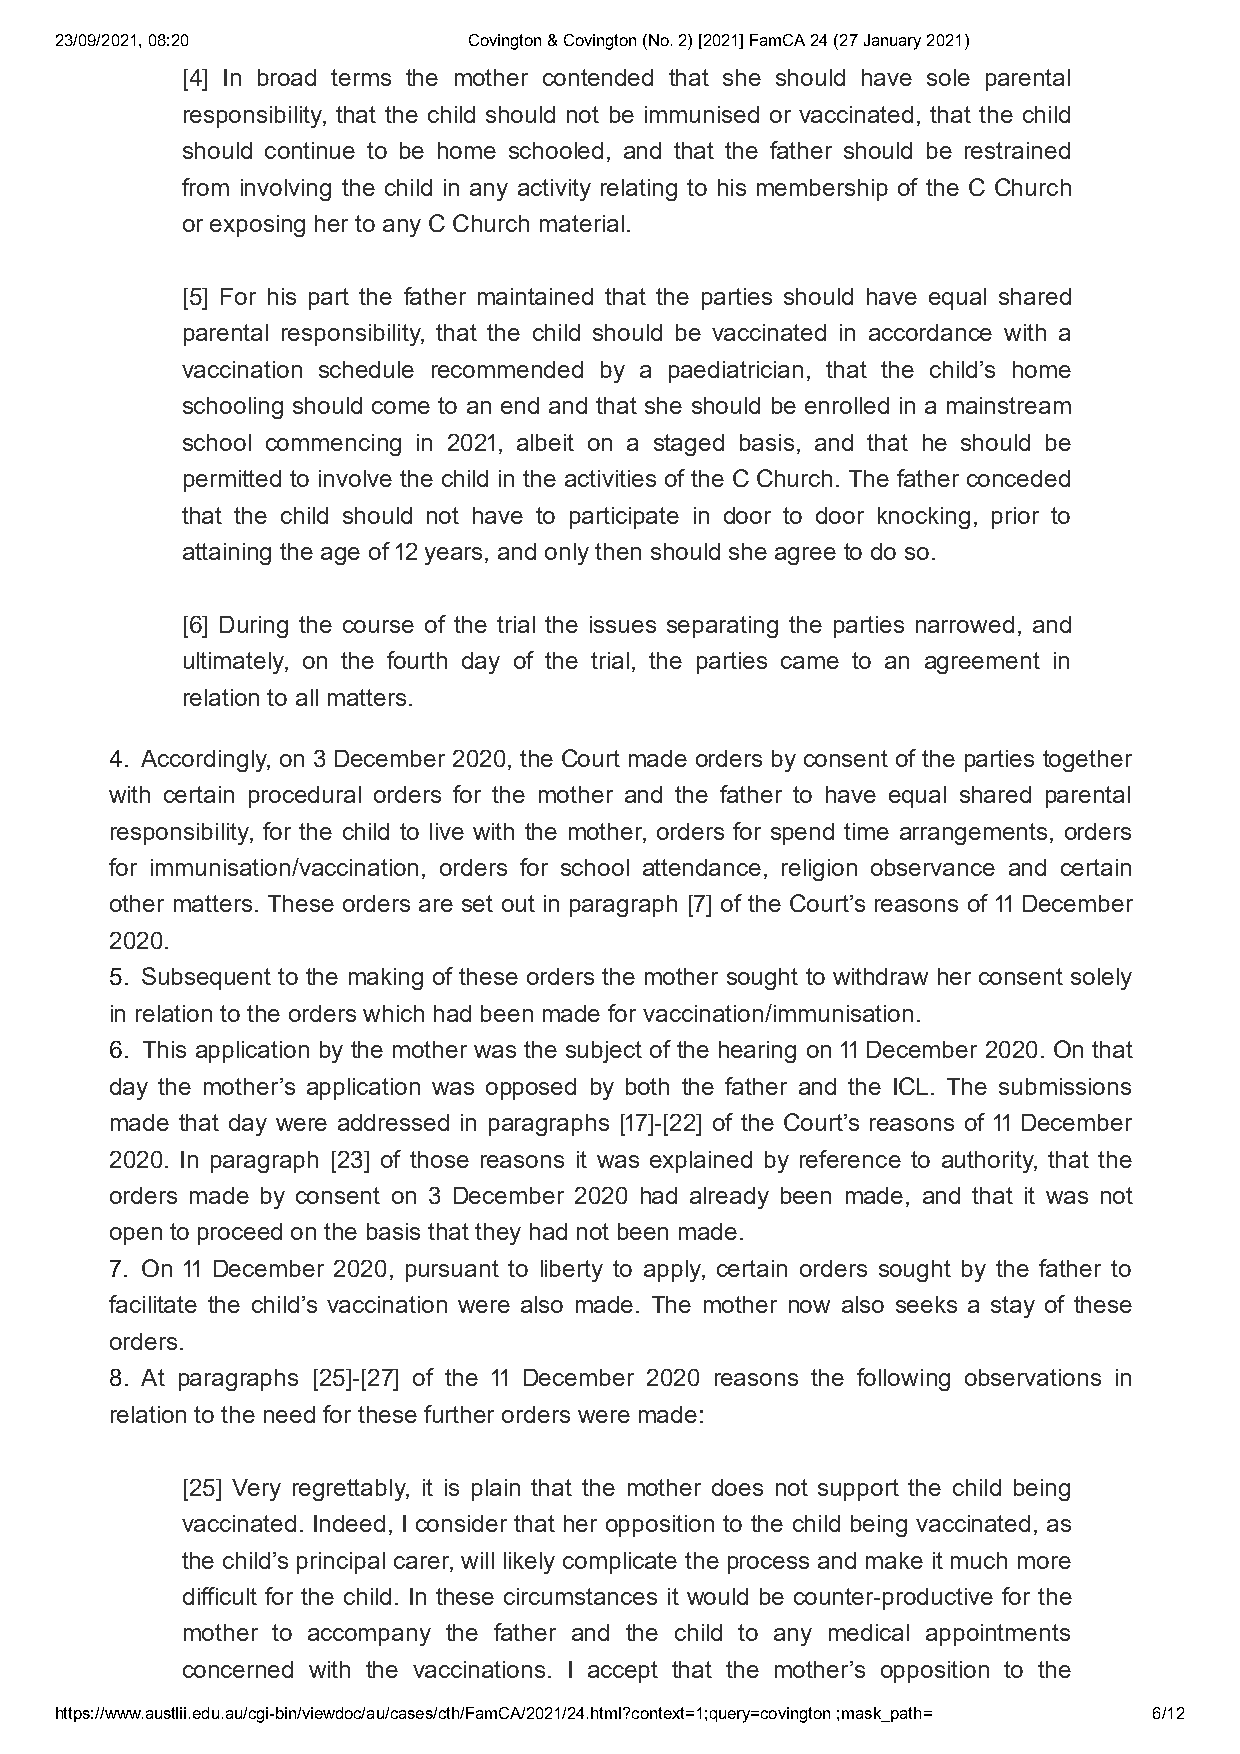
23/09/2021, 08:20          Covington & Covington (No. 2) [2021] FamCA 24 (27 January 2021)
 [] In broad terms the mother contended that she should have sole parental
 responsibility, that the child should not be immunised or vaccinated, that the child
 should continue to be home schooled, and that the father should be restrained
 from involving the child in any activity relating to his membership of the C Church
 or exposing her to any C Church material.
 [] For his part the father maintained that the parties should have equal shared
 parental responsibility, that the child should be vaccinated in accordance with a
 vaccination schedule recommended by a paediatrician, that the child’s home
 schooling should come to an end and that she should be enrolled in a mainstream
 school commencing in , albeit on a staged basis, and that he should be
 permitted to involve the child in the activities of the C Church. The father conceded
 that the child should not have to participate in door to door knocking, prior to
 attaining the age of  years, and only then should she agree to do so.
 [] During the course of the trial the issues separating the parties narrowed, and
 ultimately, on the fourth day of the trial, the parties came to an agreement in
 relation to all matters.
 . Accordingly, on  December , the Court made orders by consent of the parties together
 with certain procedural orders for the mother and the father to have equal shared parental
 responsibility, for the child to live with the mother, orders for spend time arrangements, orders
 for immunisation/vaccination, orders for school attendance, religion observance and certain
 other matters. These orders are set out in paragraph [] of the Court’s reasons of  December
 .
 . Subsequent to the making of these orders the mother sought to withdraw her consent solely
 in relation to the orders which had been made for vaccination/immunisation.
 . This application by the mother was the subject of the hearing on  December . On that
 day the mother’s application was opposed by both the father and the ICL. The submissions
 made that day were addressed in paragraphs []-[] of the Court’s reasons of  December
 . In paragraph [] of those reasons it was explained by reference to authority, that the
 orders made by consent on  December  had already been made, and that it was not
 open to proceed on the basis that they had not been made.
 . On  December , pursuant to liberty to apply, certain orders sought by the father to
 facilitate the child’s vaccination were also made. The mother now also seeks a stay of these
 orders.
 . At paragraphs []-[] of the  December  reasons the following observations in
 relation to the need for these further orders were made:
 [] Very regrettably, it is plain that the mother does not support the child being
 vaccinated. Indeed, I consider that her opposition to the child being vaccinated, as
 the child’s principal carer, will likely complicate the process and make it much more
 difficult for the child. In these circumstances it would be counter-productive for the
 mother to accompany the father and the child to any medical appointments
 concerned with the vaccinations. I accept that the mother’s opposition to the
 https://www.austlii.edu.au/cgi-bin/viewdoc/au/cases/cth/FamCA/2021/24.html?context=1;query=covington ;mask_path= 6/12